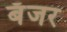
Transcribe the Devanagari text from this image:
बँजर